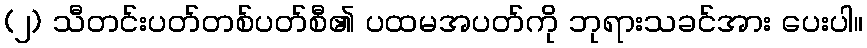
(၂) သီတင်းပတ်တစ်ပတ်စီ၏ ပထမအပတ်ကို ဘုရားသခင်အား ပေးပါ။